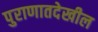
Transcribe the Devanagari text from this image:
पुराणातदेखील